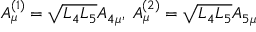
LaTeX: A _ { \mu } ^ { ( 1 ) } = \sqrt { L _ { 4 } L _ { 5 } } A _ { 4 \mu } , \; A _ { \mu } ^ { ( 2 ) } = \sqrt { L _ { 4 } L _ { 5 } } A _ { 5 \mu }